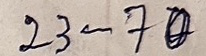
23 - 70